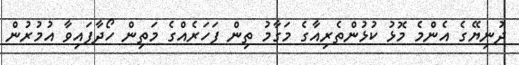
ދުނިޔޭގެ އެންމެ މޮޅު ކުޅުންތެރިއާގެ މަގާމު ތިން ފަހަރެއްގެ މަތިން ހޯދާފައިވާ އުމުރުން